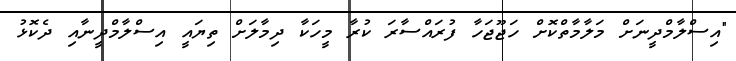
"އިސްލާމްދީނަށް މަލާމާތްކޮށް ހަޖޫޖަހާ ފުރައްސާރަ ކުރާ މީހަކާ ދިމާލަށް ތިޔައީ އިސްލާމްދީނާއި ދެކޮޅު